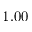
1 . 0 0